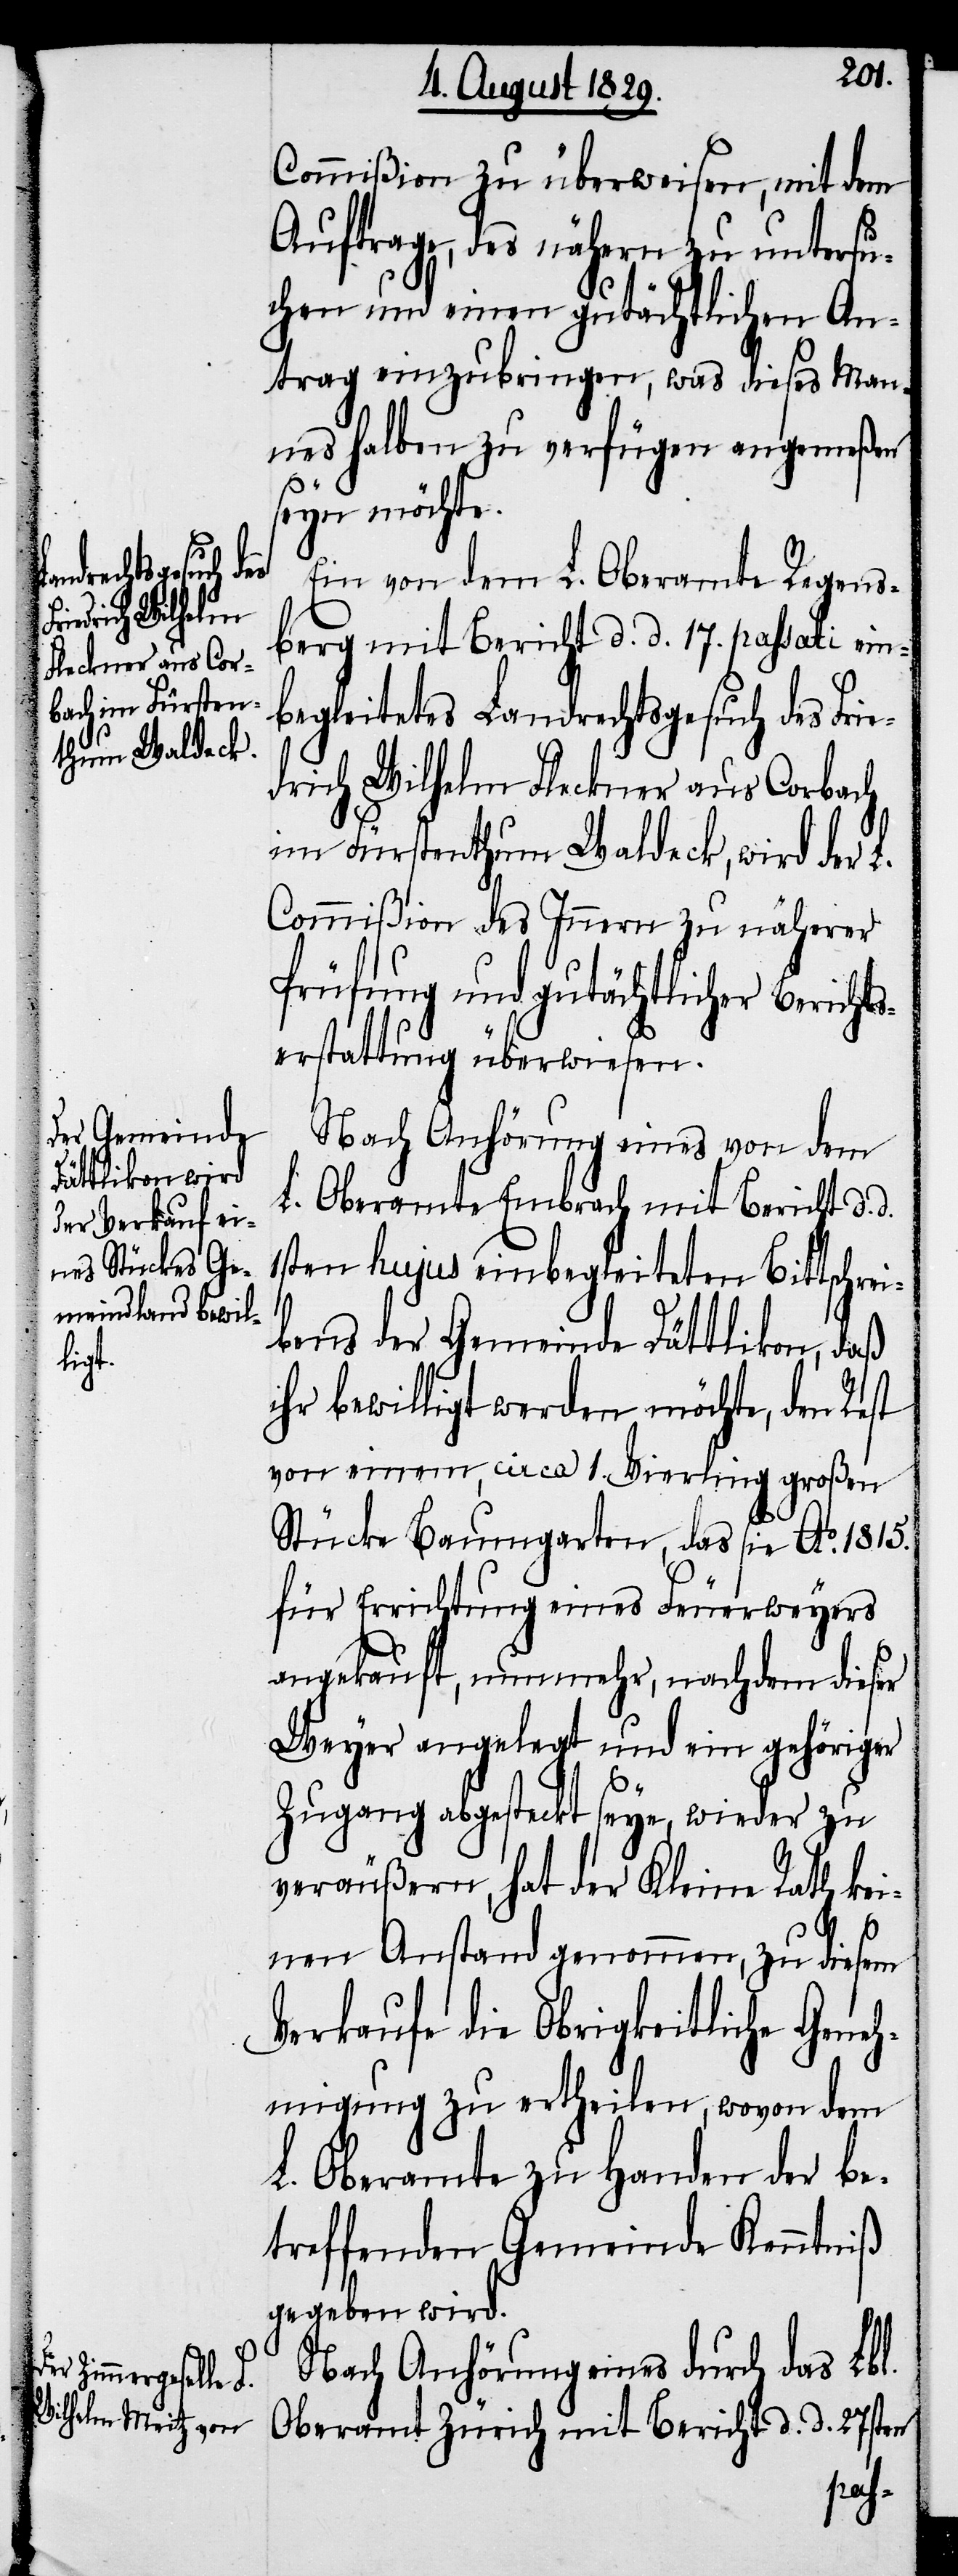
Commißion zu überweisen, mit dem
Auftrage, des nähern zu untersu¬
chen und einen gutächtlichen An¬
trag einzubringen, was dieses Man¬
nes halben zu verfügen angemeßen
seyn möchte.
Ein von dem L. Oberamte Regens¬
berg mit Bericht d. d. 17. passati ein¬
begleitetes Landrechtsgesuch des Frie¬
drich Wilhelm Fleckner aus Corbach
im Fürstenthum Waldeck, wird der L.
Commißion des Innern zu näherer
Prüfung und gutächtlicher Berich¬
tserstattung überwiesen.
Nach Anhörung eines von dem
L. Oberamte Embrach mit Bericht d.d.
1sten hujus einbegleiteten Bittschrei¬
bens der Gemeinde Dättlikon, daß
ihr bewilligt werden möchte, den Rest
von einem, circa 1. Vierling großen
Stücke Baumgarten, das sie Ao. 1815.
für Errichtung eines Feuerweyers
angekauft, nunmehr, nachdem dieser
Weyer angelegt und ein gehöriger
Zugang abgesteckt seye, wieder zu
veräußern, hat der Kleine Rath kei¬
nen Anstand genommen, zu diesem
Verkaufe die Obrigkeitliche Geneh¬
migung zu ertheilen, wovon dem
L. Oberamte zu Handen der be¬
treffenden Gemeinde Kenntniß
gegeben wird.
Nach Anhörung eines durch das Lbl.
Oberamt Zürich mit Bericht d. d. 27sten